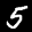
Label: 5